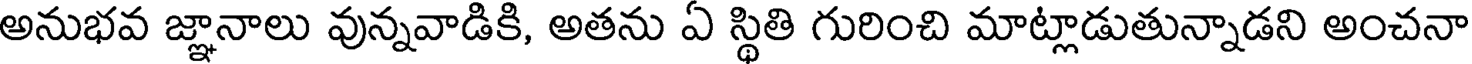
అనుభవ జ్ఞానాలు వున్నవాడికి, అతను ఏ స్థితి గురించి మాట్లాడుతున్నాడని అంచనా